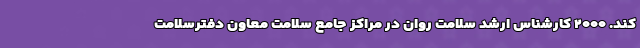
کند. ۲۰۰۰ کارشناس ارشد سلامت روان در مراکز جامع سلامت معاون دفترسلامت